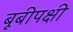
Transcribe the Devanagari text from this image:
बूबीपक्षी